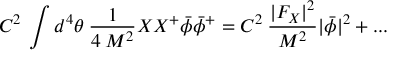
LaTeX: C ^ { 2 } \: \int d ^ { 4 } \theta \: { \frac { 1 } { 4 \: M ^ { 2 } } } X X ^ { + } \bar { \phi } \bar { \phi } ^ { + } = C ^ { 2 } \: { \frac { | F _ { X } | ^ { 2 } } { M ^ { 2 } } } | \bar { \phi } | ^ { 2 } + . . .